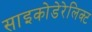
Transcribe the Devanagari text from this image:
साइकोडेरेलिक्ट